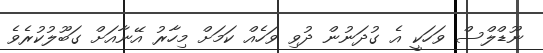
ނޫޑްލްސް ވަހަކީ އެ ގުދަނުން ދުވި ވަހެއް ކަމަށް މިހާރު އޭނާއަށް ގަބޫލުކުރެވެ